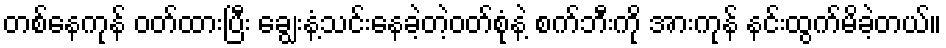
တစ်နေကုန် ဝတ်ထားပြီး ချွေးနံ့သင်းနေခဲ့တဲ့ဝတ်စုံနဲ့ စက်ဘီးကို အားကုန် နင်းထွက်မိခဲ့တယ်။